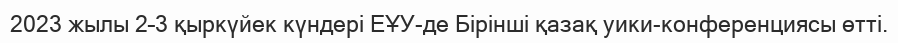
2023 жылы 2–3 қыркүйек күндері ЕҰУ-де Бірінші қазақ уики-конференциясы өтті.